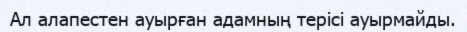
Ал алапестен ауырған адамның терісі ауырмайды.